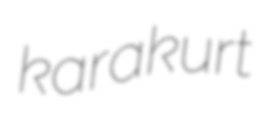
karakurt